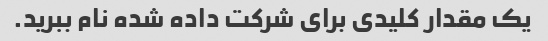
یک مقدار کلیدی برای شرکت داده شده نام ببرید.